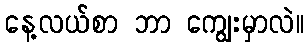
နေ့လယ်စာ ဘာ ကျွေးမှာလဲ။